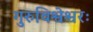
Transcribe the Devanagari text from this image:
गुरुविश्वेश्वरः